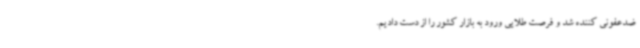
ضدعفونی کننده شد و فرصت طلایی ورود به بازار کشور را از دست دادیم.